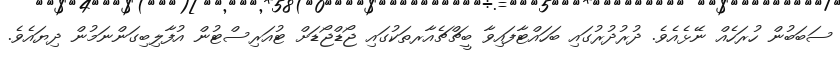
ސަބަބުން ހުރަހެއް ނޭޅެއެވެ. ދުރުދުރުގައި ބަހައްޓާފައިވާ ބީޗްޗެއާރތަކުގައި ޖޯޑްޖޯޑަށް ޓުއަރިސްޓުން އުފާލިބިގަންނަމުން ދިޔައެވެ.